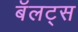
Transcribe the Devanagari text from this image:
बॅलट्स